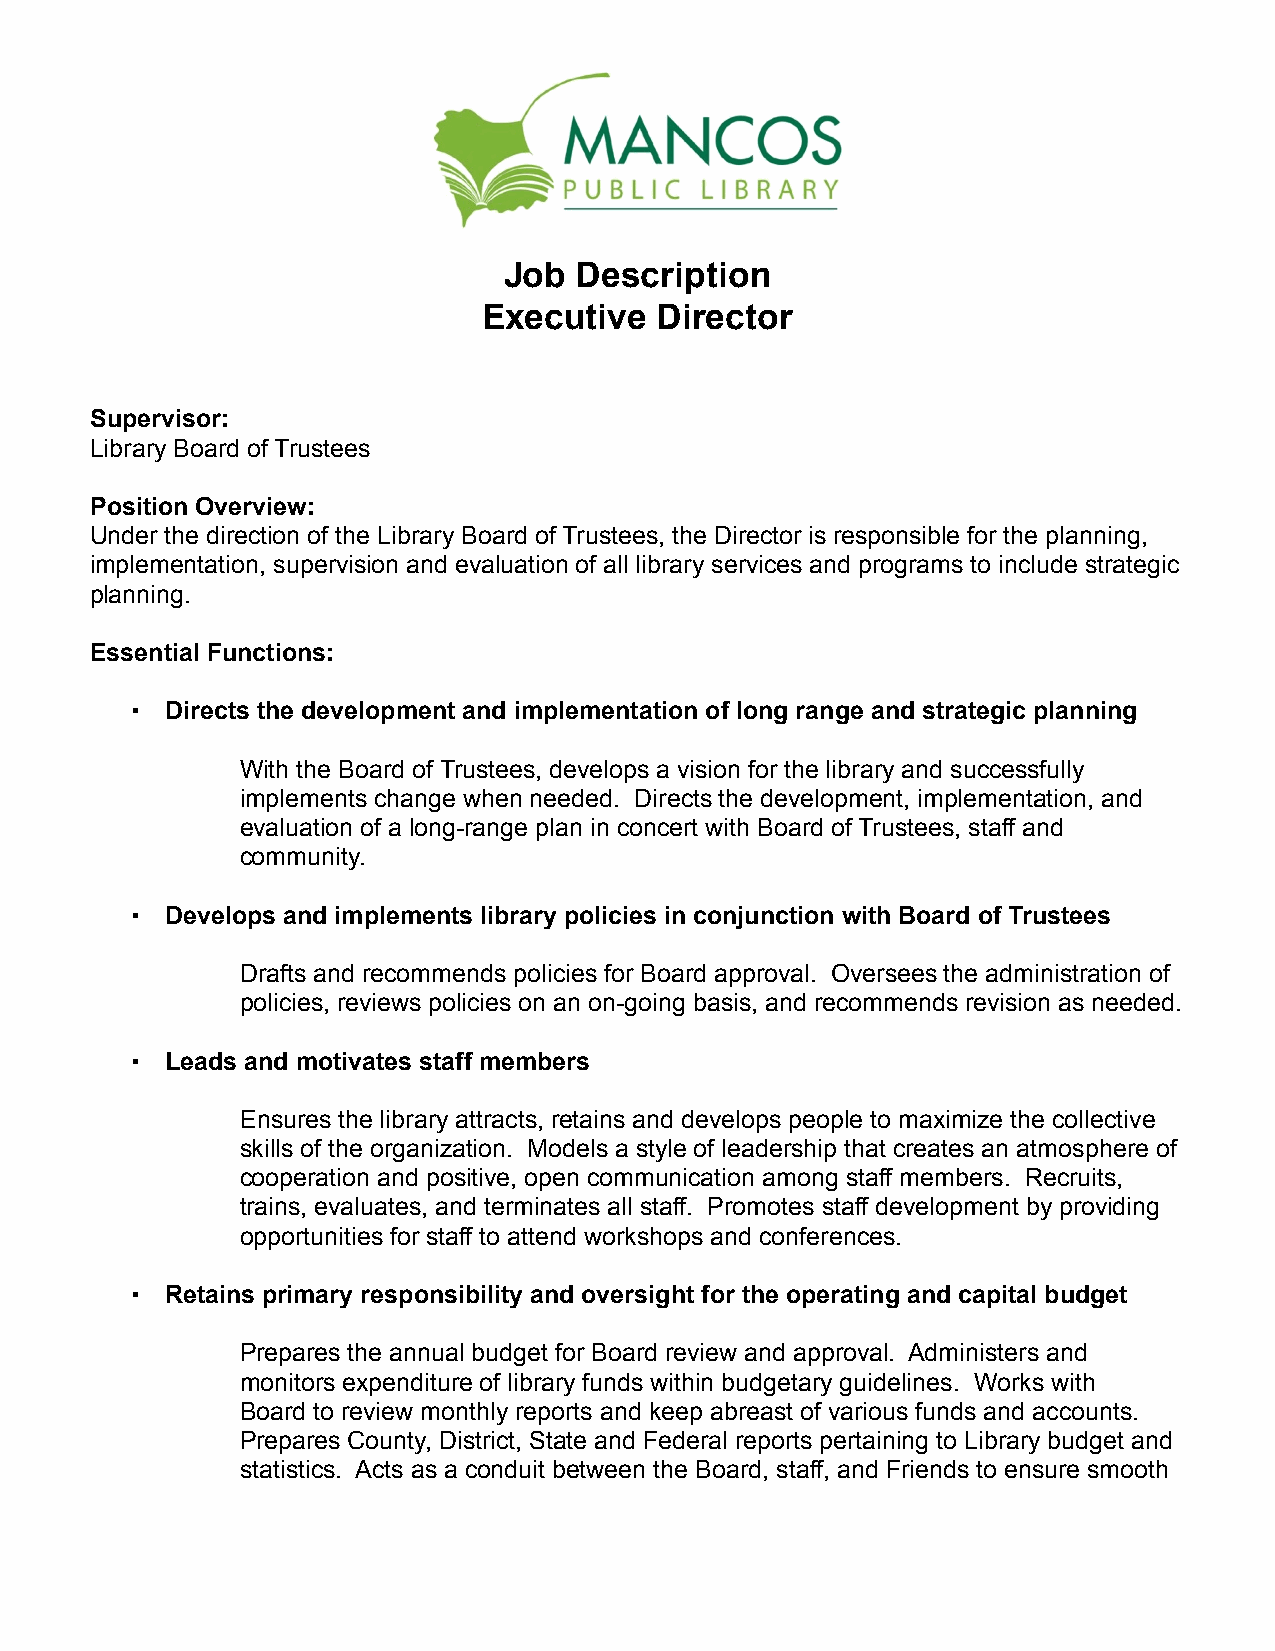
Job  Description
 Executive   Director
 Supervisor:
 Library Board of Trustees
 Position Overview:
 Under the direction of the Library Board of Trustees, the Director is responsible for the planning,
 implementation, supervision and evaluation of all library services and programs to include strategic
 planning.
 Essential Functions:
 !  Directs the development and implementation of long range and strategic planning
 With the Board of Trustees, develops a vision for the library and successfully
 implements change when needed. Directs the development, implementation, and
 evaluation of a long-range plan in concert with Board of Trustees, staff and
 community.
 !  Develops and implements library policies in conjunction with Board of Trustees
 Drafts and recommends policies for Board approval. Oversees the administration of
 policies, reviews policies on an on-going basis, and recommends revision as needed.
 !  Leads and motivates staff members
 Ensures the library attracts, retains and develops people to maximize the collective
 skills of the organization. Models a style of leadership that creates an atmosphere of
 cooperation and positive, open communication among staff members. Recruits,
 trains, evaluates, and terminates all staff. Promotes staff development by providing
 opportunities for staff to attend workshops and conferences.
 !  Retains primary responsibility and oversight for the operating and capital budget
 Prepares the annual budget for Board review and approval. Administers and
 monitors expenditure of library funds within budgetary guidelines. Works with
 Board to review monthly reports and keep abreast of various funds and accounts.
 Prepares County, District, State and Federal reports pertaining to Library budget and
 statistics. Acts as a conduit between the Board, staff, and Friends to ensure smooth